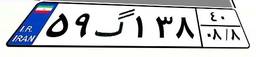
۵۹گ۱۳۸۴۰